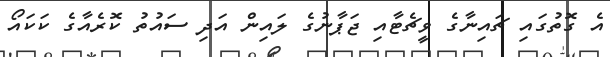
އެ ގޮތުގައި ޗައިނާގެ ވީޗެޓާއި ޖަޕާނުގެ ލައިން އަދި ސައުތު ކޮރެއާގެ ކަކައޯ